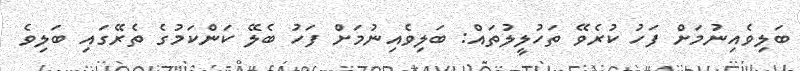
ބަލިވެއިނުމަށް ފަހު ކުރެވޭ ތަހުލީލުތައް: ބަލިވެއިނުމަށް ފަހު ބެލޭ ކަންކަމުގެ ތެރޭގައި ބަލިވެ